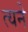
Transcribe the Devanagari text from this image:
त्यने